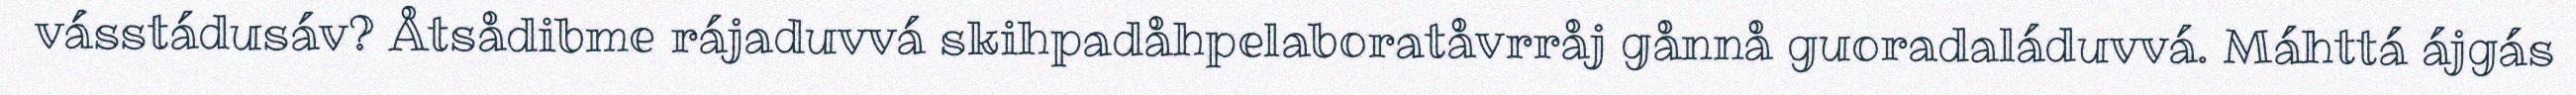
vásstádusáv? Åtsådibme rájaduvvá skihpadåhpelaboratåvrråj gånnå guoradaláduvvá. Máhttá ájgás